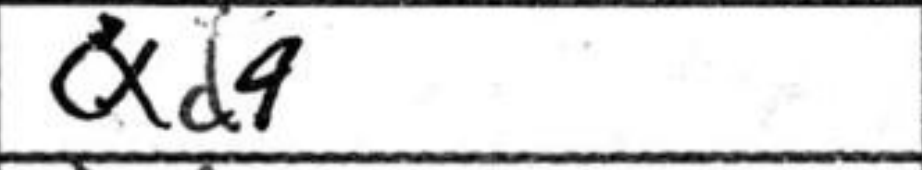
Transcription: cxd4